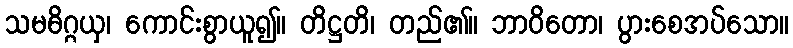
သမဓိဂ္ဂယှ၊ ကောင်းစွာယူ၍။ တိဋ္ဌတိ၊ တည်၏။ ဘာဝိတော၊ ပွားစေအပ်သော။